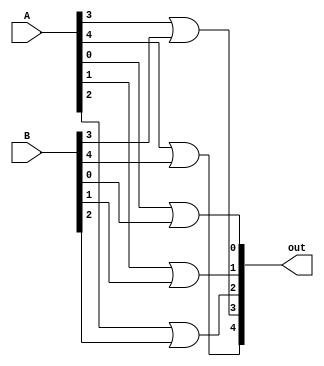
module orFiveBits(out,A,B); //5 bitlik iki sayy or'lar.
input [4:0] A,B; //Input 5 bitlik iki say
output [4:0] out; //Output 5 bitlik say
wire [4:0] A,B,out;

//5 bitin teker teker or'lanmas
or or0(out[0],A[0],B[0]);
or or1(out[1],A[1],B[1]);
or or2(out[2],A[2],B[2]);
or or3(out[3],A[3],B[3]);
or or4(out[4],A[4],B[4]);

endmodule